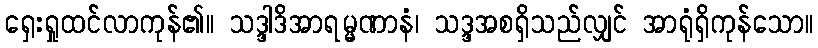
ရှေးရှုထင်လာကုန်၏။ သဒ္ဒါဒိအာရမ္မဏာနံ၊ သဒ္ဒအစရှိသည်လျှင် အာရုံရှိကုန်သော။